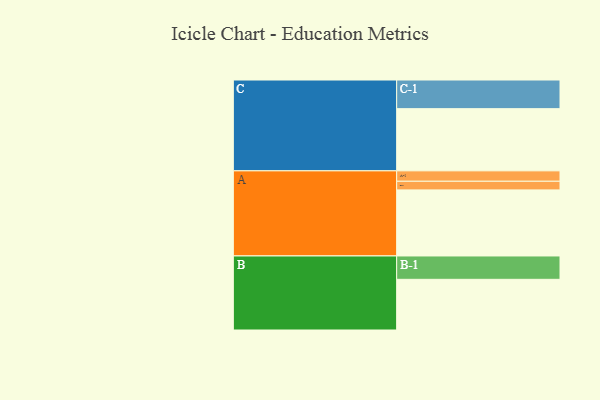
{"axis": {"x": "Segment", "y": "Value"}, "legend": ["", "A", "B", "C"], "data": [{"x": "A", "y": 597, "type": ""}, {"x": "B", "y": 458, "type": ""}, {"x": "C", "y": 562, "type": ""}, {"x": "A-1", "y": 94, "type": "A"}, {"x": "A-2", "y": 78, "type": "A"}, {"x": "B-1", "y": 211, "type": "B"}, {"x": "C-1", "y": 259, "type": "C"}]}